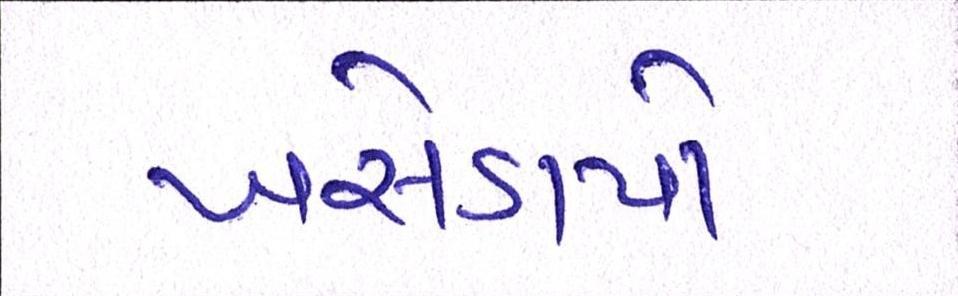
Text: ખસેડાયો